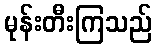
မုန်းတီးကြသည်